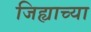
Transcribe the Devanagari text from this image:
जिह्याच्‍या